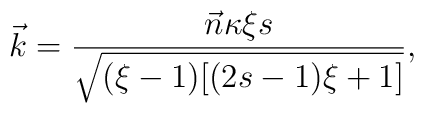
\vec{k}=\frac{\vec{n}\kappa\xi s}{\sqrt{(\xi-1)[(2s-1)\xi+1]}},